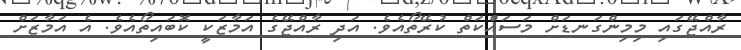
ރާއްޖޭގައި މިމިންގަނޑަށް މަސައްކަތް ކުރޭތޯއެވެ. އަދި ރާއްޖޭގެ އަމާޒަކީ ކޮބައިތޯއެވެ. އެ އަމާޒަށް